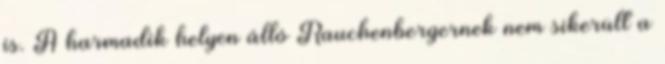
is. A harmadik helyen álló Rauchenbergernek nem sikerült a